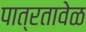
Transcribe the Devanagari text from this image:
पात्रतावेळ